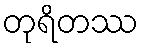
တုရိတဿ